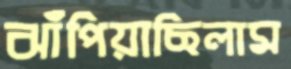
ঝাঁপিয়াছিলাম